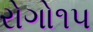
રોગો૧૫